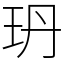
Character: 玬